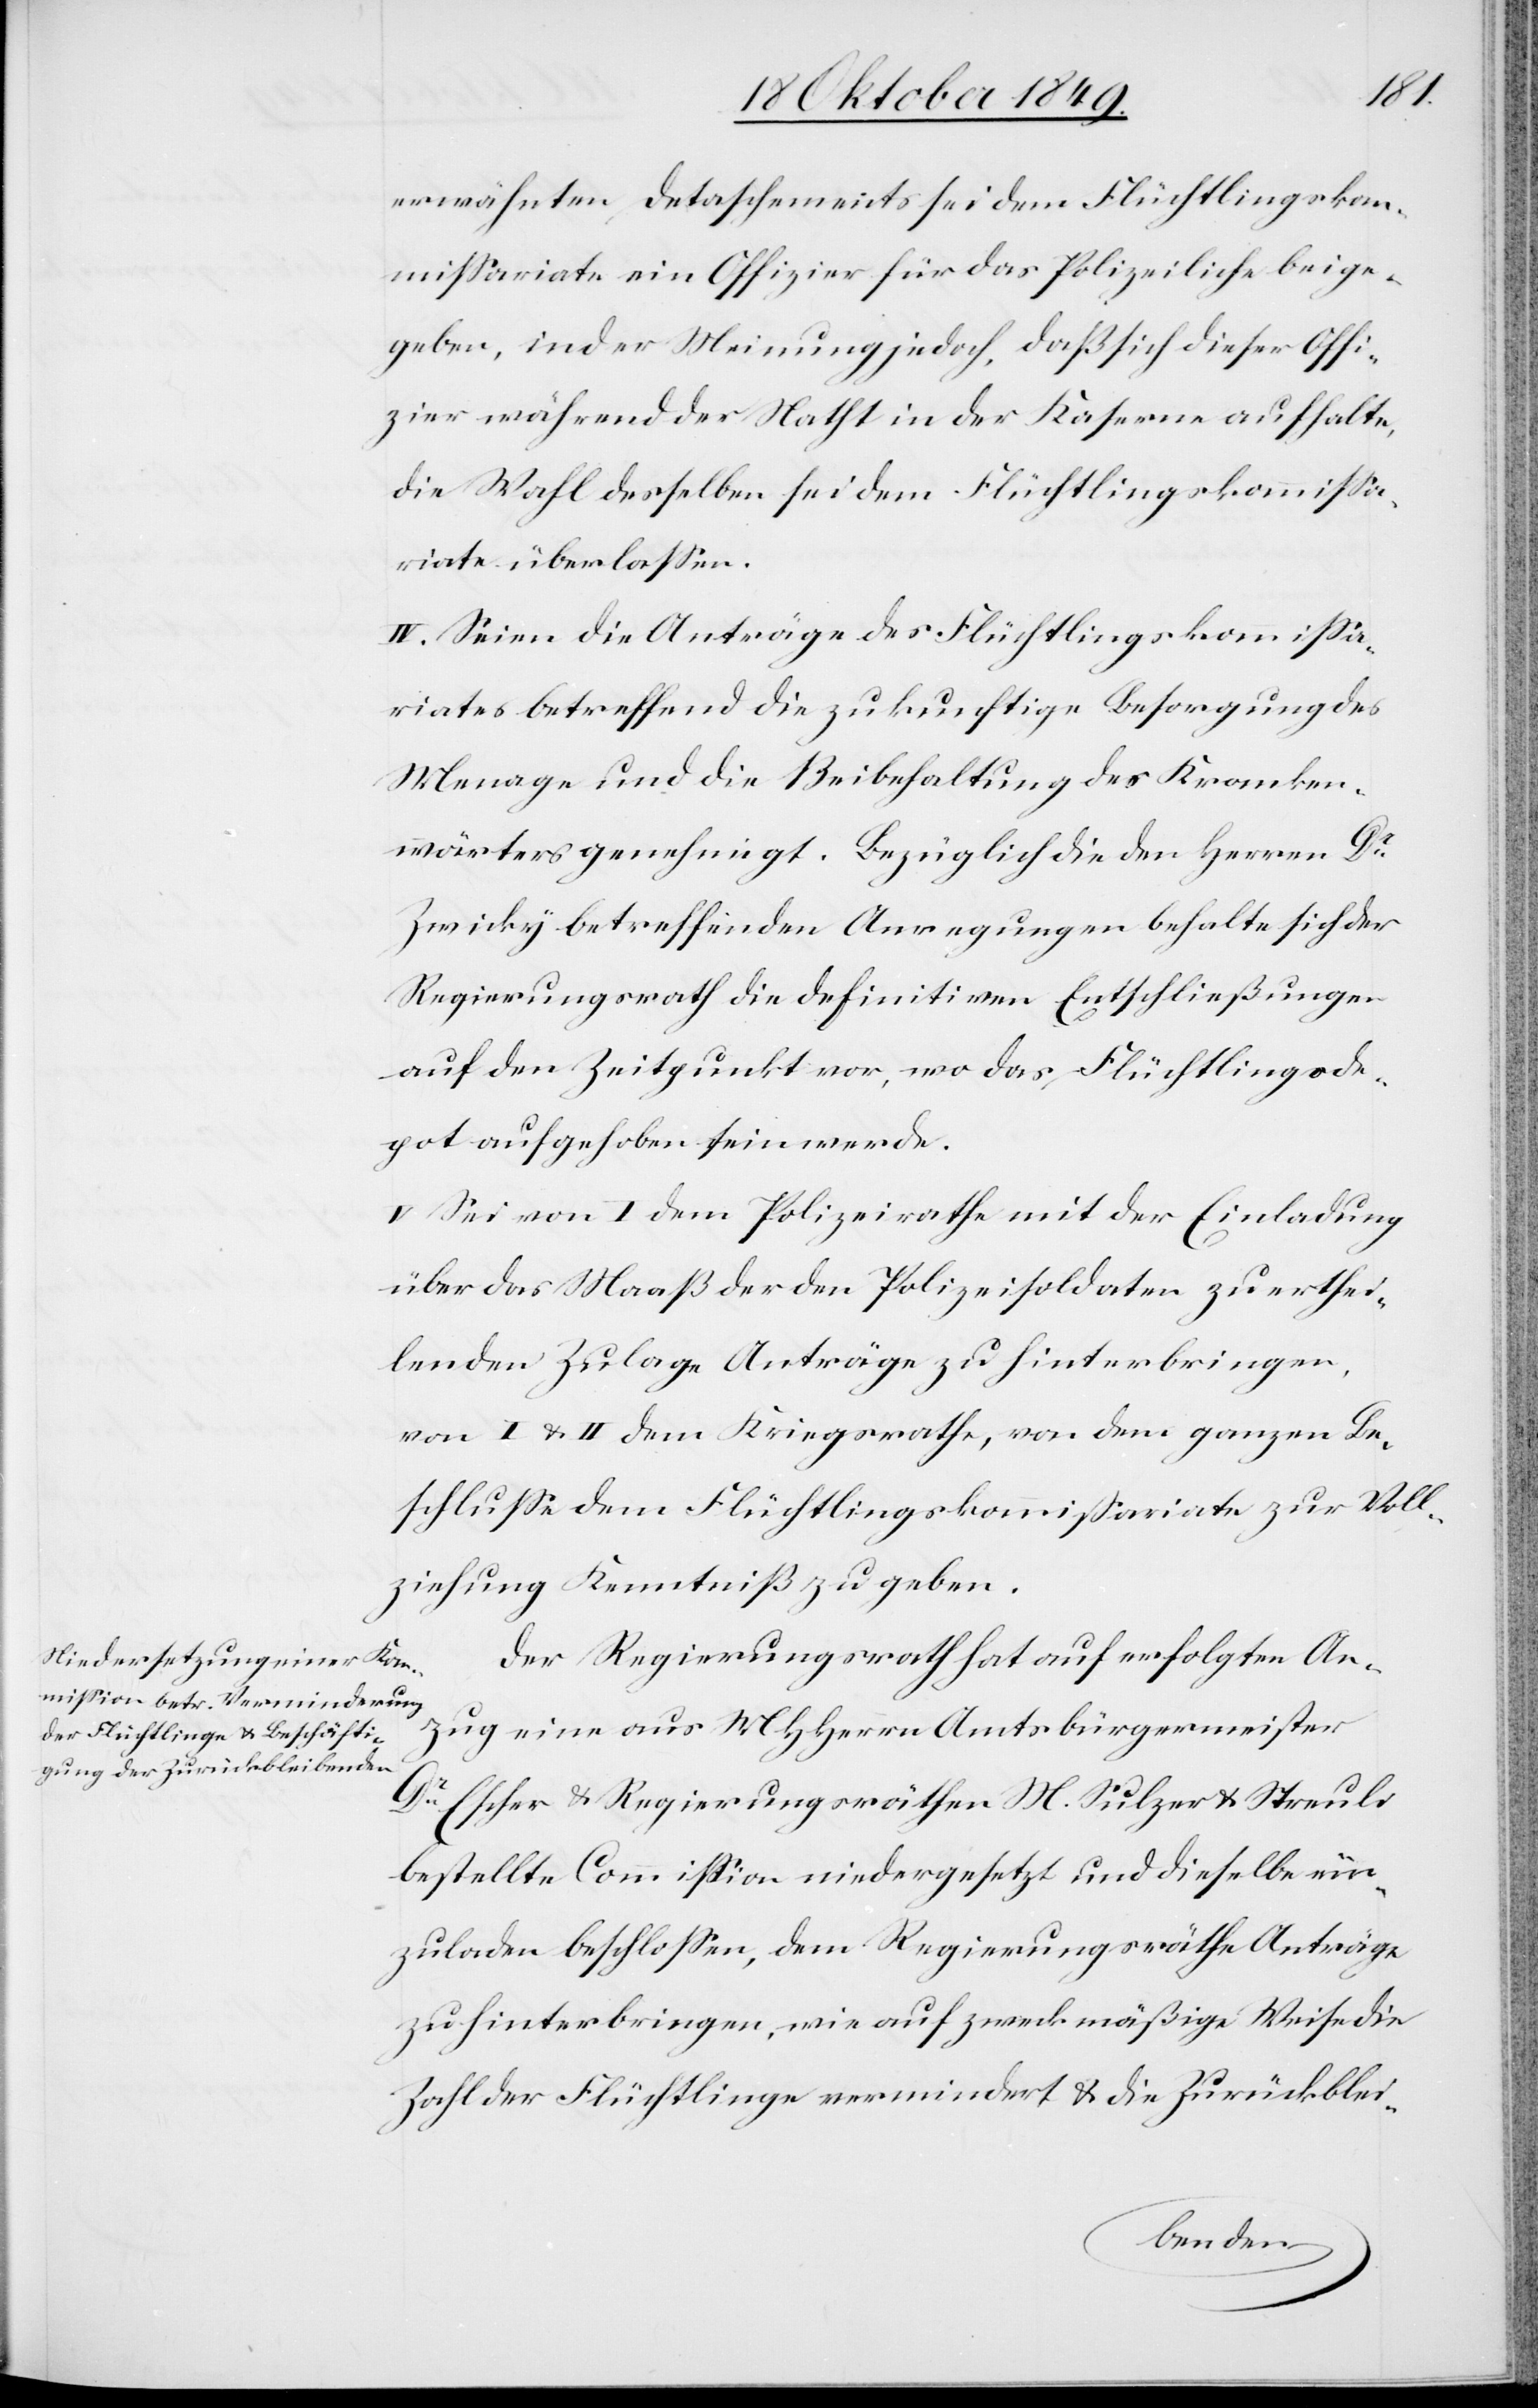
erwähnten Detaschements sei dem Flüchtlingskom¬
mißariate ein Offizier für das Polizeiliche beige¬
geben, in der Meinung jedoch, daß sich dieser Offii¬
zier während der Nacht in der Kaserne aufhalte,
die Wahl desselben sei dem Flüchtlingskommißa¬
riate überlaßen.
IV. Seien die Anträge des Flüchtlingskommißa¬
riates betreffend die zukünftige Besorgung des
Menage und die Beibehaltung des Kranken¬
wärters genehmigt. Bezüglich die den Herrn Dr
Zwicky betreffenden Anregungen behalte sich der
Regierungsrath die definitiven Entschließungen
auf den Zeitpunkt vor, wo das Flüchtlingsde¬
pot aufgehoben sein werde.
V. Sei von I dem Polizeirathe mit der Einladung
über das Maaß der den Polizeisoldaten zu erthei¬
lenden Zulage Anträge zu hinterbringen,
von I u. II dem Kriegsrathe, von dem ganzen Be¬
schluße dem Flüchtlingskommißariate zur Voll¬
ziehung Kenntniß zu geben.
Der Regierungsrath hat auf erfolgten An¬
zug eine aus MHHerrn Amtsbürgermeister
Dr Escher u. Regierungsräthen M. Sulzer u. Streuli
bestellte Commißion niedergesetzt und dieselbe ein¬
zuladen beschloßen, dem Regierungsräthe [sic!]
zu hinterbringen, wie auf zweckmäßige Weise die
Zahl der Flüchtlinge vermindert u. die Zurückblei-